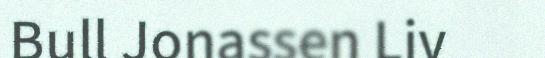
Bull Jonassen Liv